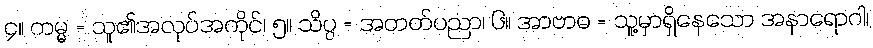
၄။ ကမ္မ = သူ၏အလုပ်အကိုင်၊ ၅။ သိပ္ပ = အတတ်ပညာ၊ ၆။ အာဗာဓ = သူ့မှာရှိနေသော အနာရောဂါ၊